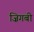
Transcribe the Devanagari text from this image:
ज़िगबी